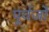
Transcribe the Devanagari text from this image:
पूर्वर्जों